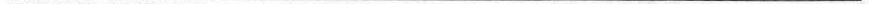
___